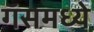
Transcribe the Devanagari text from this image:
गॅसमध्ये